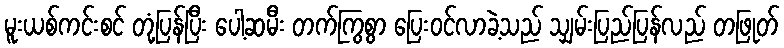
မူးယစ်ကင်းစင် တုံ့ပြန်ပြီး ပေါ့ဆမီး တက်ကြွစွာ ပြေးဝင်လာခဲ့သည် သျှမ်းပြည်ပြန်လည် တဖြုတ်